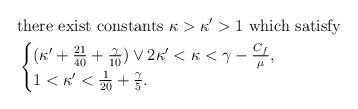
LaTeX: \begin{align*}&{\rm there \ exist \ constants\ } \kappa > \kappa' > 1{\rm \ which \ satisfy} \\&\begin{cases}(\kappa ' +\frac{21}{40} + \frac{\gamma}{10})\vee 2\kappa ' < \kappa < \gamma -\frac{C_f}{\mu},\\1< \kappa ' <\frac{1}{20} + \frac{\gamma}{5}.\end{cases}\end{align*}